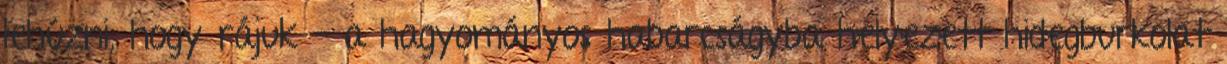
lehúzni, hogy rájuk – a hagyományos habarcságyba helyezett hidegburkolat